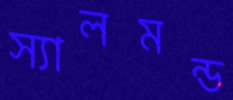
স্যালমন্ড